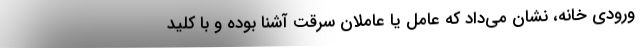
ورودی خانه، نشان می‌داد که عامل یا عاملان سرقت آشنا بوده و با کلید